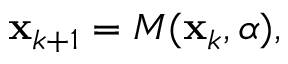
\mathbf { x } _ { k + 1 } = \boldsymbol { M } ( \mathbf { x } _ { k } , \boldsymbol { \alpha } ) ,